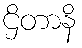
ဌိတာနိ